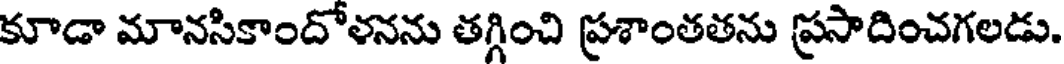
కూడా మానసికాందోళనను తగ్గించి ప్రశాంతతను ప్రసాదించగలడు.